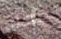
جعله